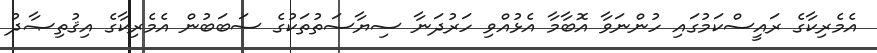
އެމެރިކާގެ ރައީސްކަމުގައި ހުންނަވާ އޮބާމާ އެޅުއްވި ހަރުދަނާ ސިޔާސަތުތަކުގެ ސަބަބުން އެމެރިކާގެ އިޤުތިޞާދު